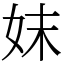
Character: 妺